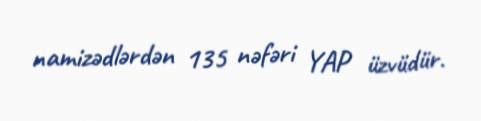
namizədlərdən 135 nəfəri YAP üzvüdür.